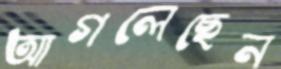
আগলেছেন